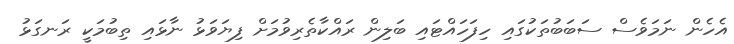
އެހެން ނަމަވެސް ސަބަބުތަކުގައި ހިފަހައްޓައި ބަލިން ރައްކާތެރިވުމަށް ފިޔަވަޅު ނާޅައި ތިބުމަކީ ރަނގަޅު